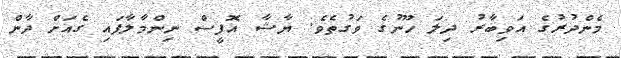
މެންދުރުގެ އަވިބާރު ދިލަ ހޫނުގެ ވަގުތެވެ. ޔާޝާ އޮފީސް ނިންމާލާފައި ގެއަށް ދާން